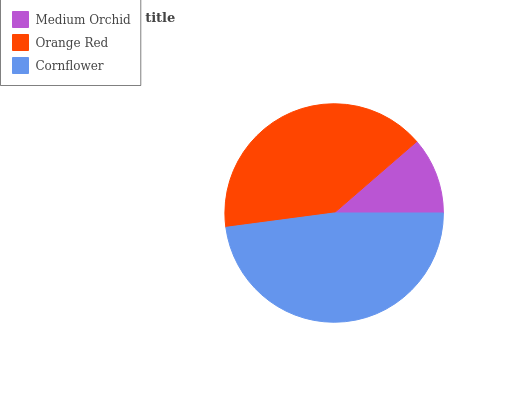
| Medium Orchid | Orange Red | Cornflower |
 | --- | --- | --- |
 | 11.3% | 40.7% | 47.9% |